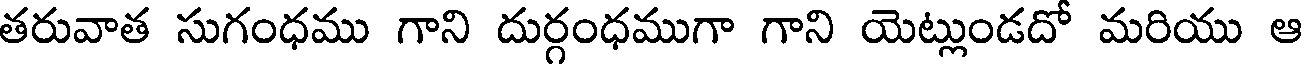
తరువాత సుగంధము గాని దుర్గంధముగా గాని యెట్లుండదో మరియు ఆ